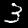
Digit: 3